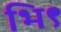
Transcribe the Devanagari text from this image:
भि९